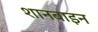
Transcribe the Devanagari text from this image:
शानबाइन